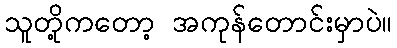
သူတို့ကတော့ အကုန်တောင်းမှာပဲ။